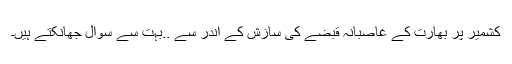
کشمیر پر بھارت کے غاصبانہ قبضے کی سازش کے اندر سے ..بہت سے سوال جھانکتے ہیں۔